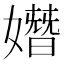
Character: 𡡖